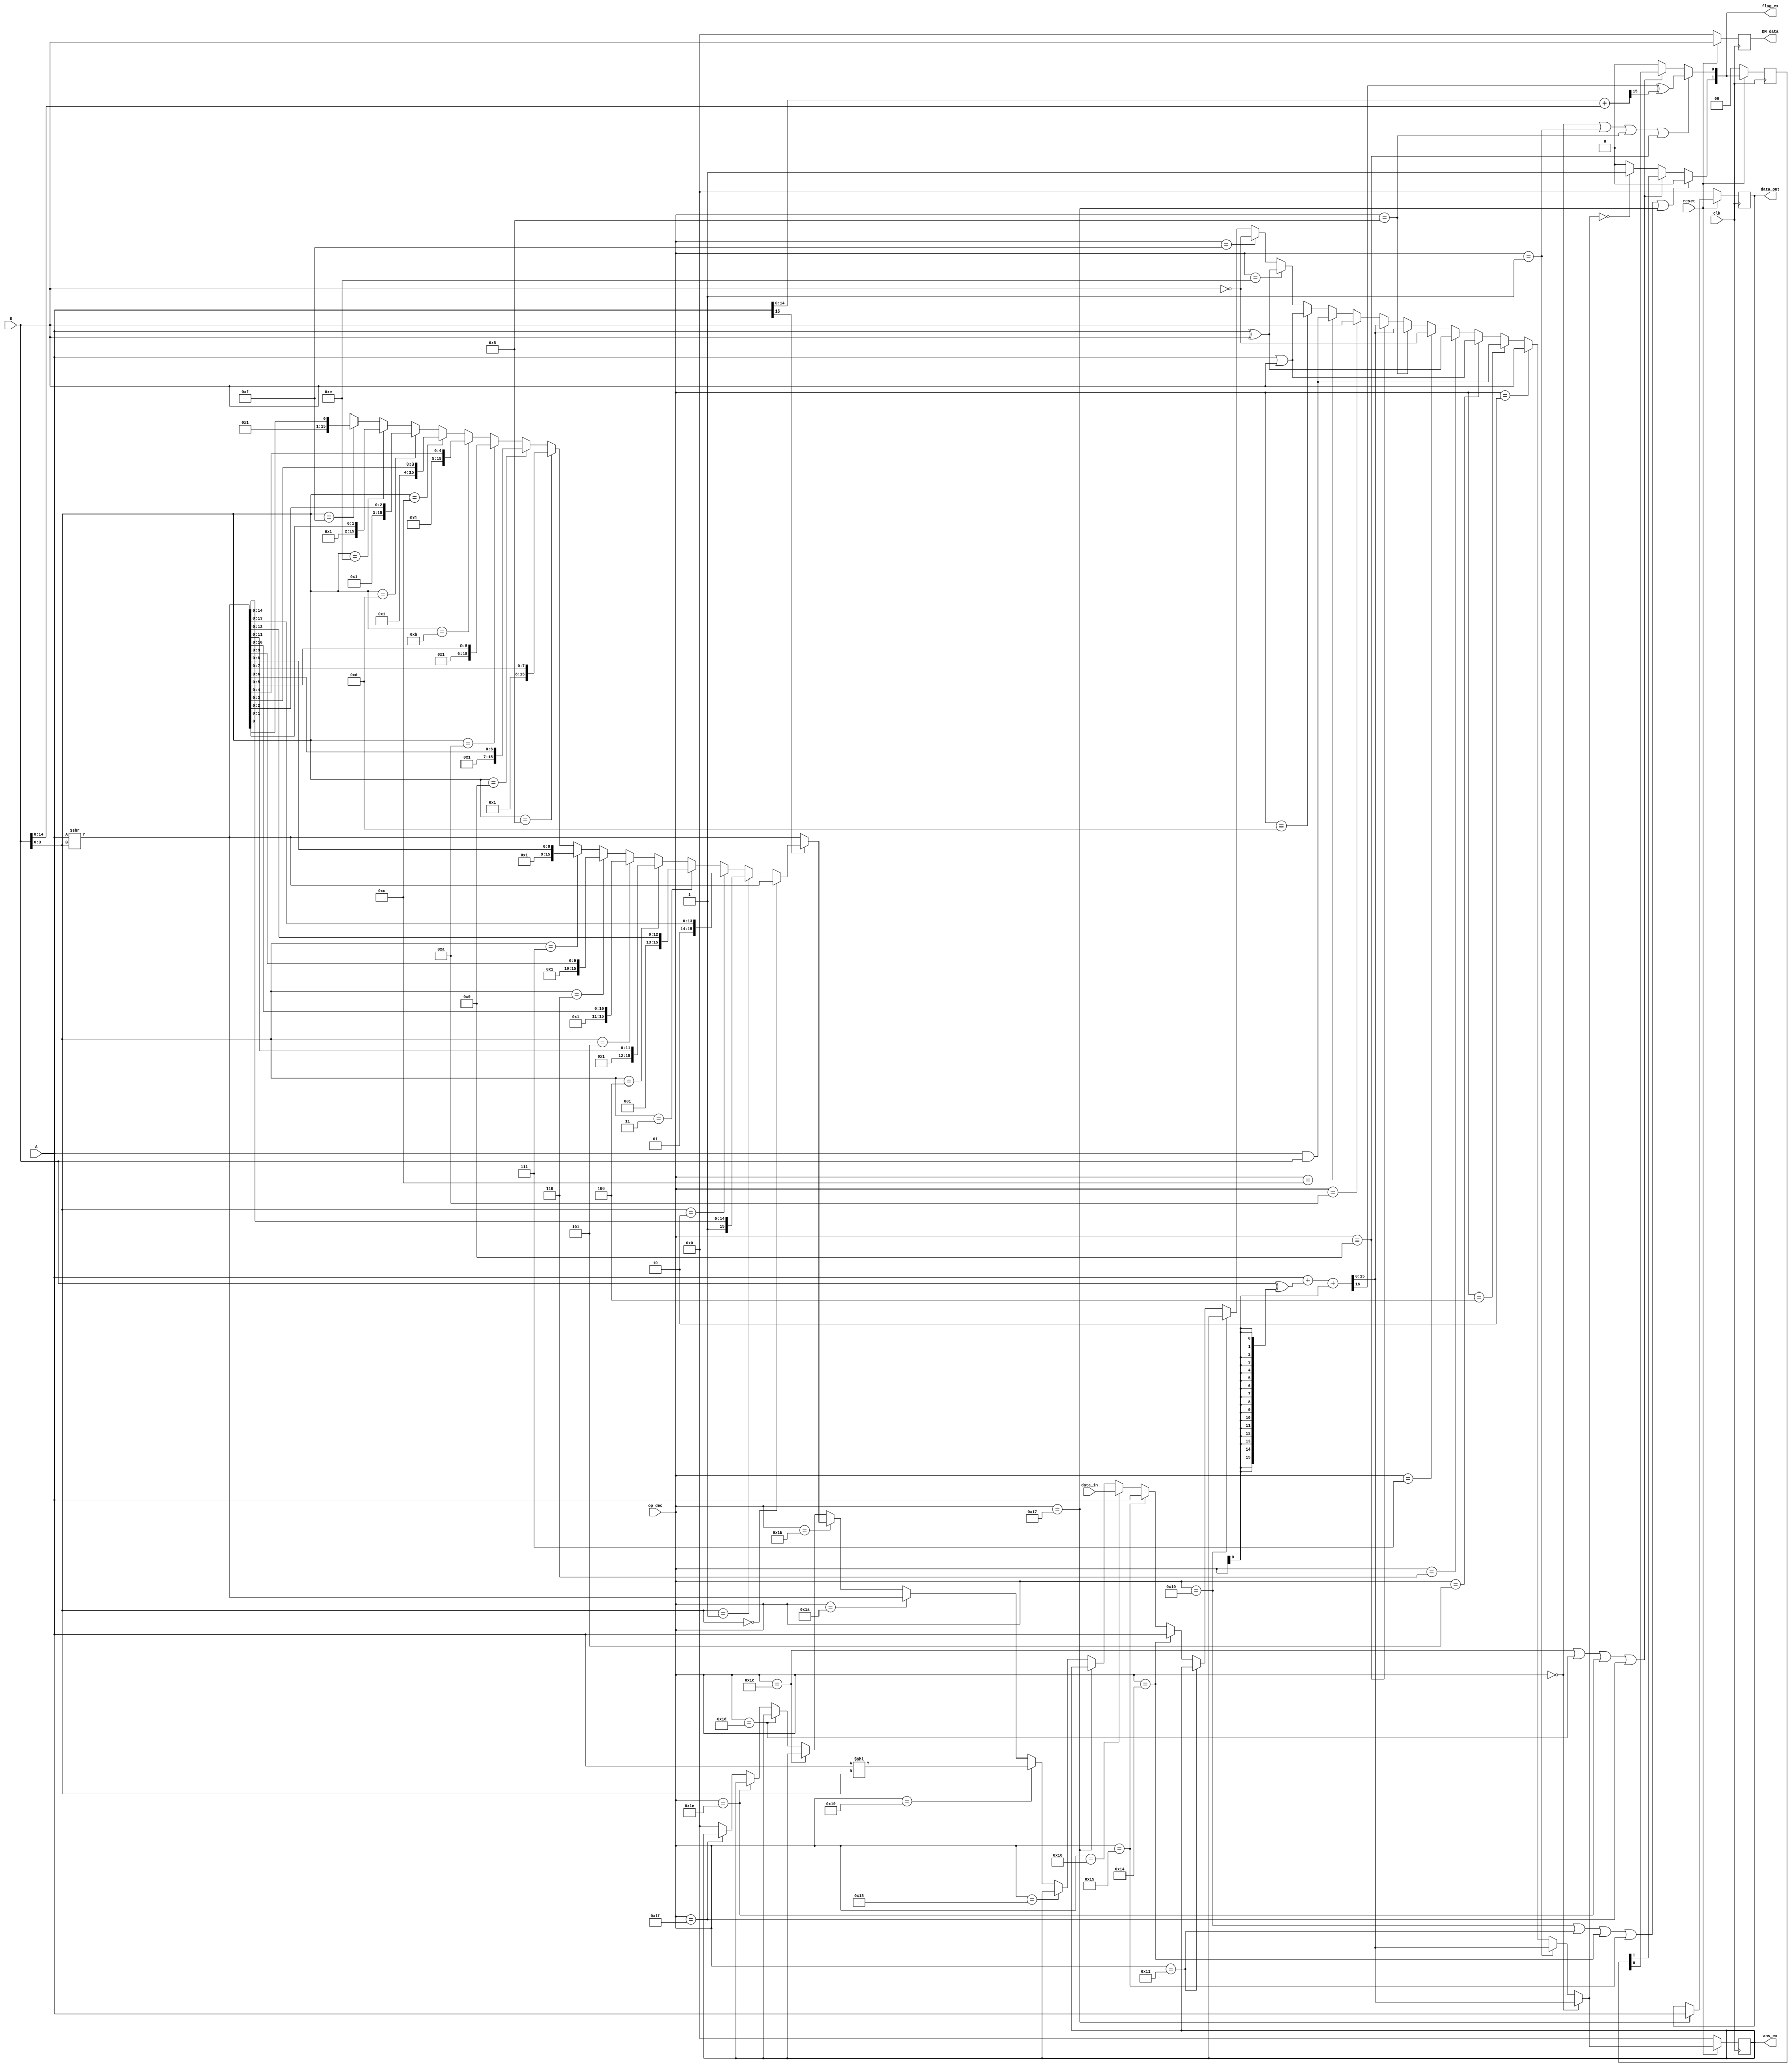
`timescale 1ns / 1ps
//////////////////////////////////////////////////////////////////////////////////
// Company: 
// Engineer: 
// 
// Design Name: 
// Module Name:    ALU_Module 
// Project Name: 
// Target Devices: 
// Tool versions: 
// Description: 
//
// Dependencies: 
//
// Revision: 
// Revision 0.01 - File Created
// Additional Comments: 
//
//////////////////////////////////////////////////////////////////////////////////
module ALU_Module(  ans_ex ,  flag_ex , data_out , DM_data ,op_dec , A , B , data_in , clk , reset );
input [15:0] A ,B , data_in ;
input clk , reset;
input [5:0] op_dec;
output reg [15:0] ans_ex , data_out , DM_data ;
output wire [1:0] flag_ex ;


wire [15:0] ans_temp , data_out_buff;
wire [15:0] ADD , RSA;
wire [15:0] overflowAdd;
reg [1:0] flag_prv;
wire carry1 , carry2 , overflow_Flag , zero_flag;
wire [15:0] x;

wire [15:0] ans_temp_t,data_out_temp,DM_data_temp;//For reset condition, it will store values temporary
wire [1:0]flag_prv_temp;

assign data_out_buff = (op_dec == 6'b010111) ? A : data_out;
assign x = A >> B[3:0];

assign RSA =   A[15]  == 1'b0    ?  x :
					B[3:0] == 4'b0000 ?  x :								//0 bit RSA
					B[3:0] == 4'b0001 ?  { 1'b1 , x[14:0] } :			//1 bit RSA
					B[3:0] == 4'b0010 ?  { 2'b1 , x[13:0] } :			//2 bit RSA
					B[3:0] == 4'b0011 ?  { 3'b1 , x[12:0] } :			//3 bit RSA
					B[3:0] == 4'b0100 ?  { 4'b1 , x[11:0] } :			//4 bit RSA
					B[3:0] == 4'b0101 ?  { 5'b1 , x[10:0] } :			//5 bit RSA
					B[3:0] == 4'b0110 ?  { 6'b1 , x[9:0] } :			//6 bit RSA
					B[3:0] == 4'b0111 ?  { 7'b1 , x[8:0] } :			//7 bit RSA
					B[3:0] == 4'b1000 ?  { 8'b1 , x[7:0] } :			//8 bit RSA
					B[3:0] == 4'b1001 ?  { 9'b1 , x[6:0] } :			//9 bit RSA
					B[3:0] == 4'b1010 ?  { 10'b1 , x[5:0] } :			//10 bit RSA
					B[3:0] == 4'b1011 ?  { 11'b1 , x[4:0] } :			//11 bit RSA
					B[3:0] == 4'b1100 ?  { 12'b1 , x[3:0] } :			//12 bit RSA
					B[3:0] == 4'b1101 ?  { 13'b1 , x[2:0] } :			//13 bit RSA
					B[3:0] == 4'b1110 ?  { 14'b1 , x[1:0] } :			//14 bit RSA
					B[3:0] == 4'b1111 ?  { 15'b1 , x[0] } : 16'bx;  //15 bit RSA

assign {carry1 , ADD} = A+ (B ^ {16{op_dec[0]}}) + op_dec[0];//Addtion of two unsigned numbers
//assign overflowAdd = 16'b0;
assign  overflowAdd = A[14:0] + B[14:0];//Addtion of two signed numbers
assign carry2  = overflowAdd[15];
assign overflow_Flag = carry1 ^ carry2;

assign ans_temp = (op_dec == 6'b000000 ) ? ADD :			//1
						(op_dec == 6'b000001) ? ADD :			//2
						(op_dec == 6'b000010) ? B:				//3
						(op_dec == 6'b000100) ? A&B:			//4
						(op_dec == 6'b000101) ? A|B:			//5	
						(op_dec == 6'b000110) ? A^B:			//6
						(op_dec == 6'b000111) ? (~B):			//7
						(op_dec == 6'b001000) ? ADD:			//8
						(op_dec == 6'b001001) ? ADD:			//9
						(op_dec == 6'b001010) ? B:				//10
						(op_dec == 6'b001100) ? A & B :		//11
						(op_dec == 6'b001101) ? A | B :		//12
						(op_dec == 6'b001110) ? A  ^ B :		//13
						(op_dec == 6'b001111) ? (~B):			//14
						(op_dec == 6'b010000) ? ans_ex:		//15
						(op_dec == 6'b010001) ? ans_ex :		//16
						(op_dec == 6'b010100) ? A :			//17
						(op_dec == 6'b010101) ? A :			//18
						(op_dec == 6'b010110) ? data_in :	//19	
						(op_dec == 6'b010111) ? ans_ex :		//20
						(op_dec == 6'b011000) ? ans_ex :		//21
						(op_dec == 6'b011001) ? A<<B[3:0]:  //22
						(op_dec == 6'b011010) ? A>>B[3:0]:  //23
						(op_dec == 6'b011011) ? RSA :			//24
						(op_dec == 6'b011100) ? ans_ex :		//25
						(op_dec == 6'b011101) ? ans_ex :		//26
						(op_dec == 6'b011110) ? ans_ex :		//27
						(op_dec == 6'b011111) ? ans_ex  : 16'b0;		//28
						
assign zero_flag  = (ans_temp == 16'b0)? 1'b1 : 1'b0;
				
assign flag_ex[0] =( (op_dec == 6'b000000) || (op_dec == 6'b000001) || (op_dec == 6'b001000) || (op_dec == 6'b001001) )? overflow_Flag :	//1,2,8,9							
					          ((op_dec == 6'b011100)  || (op_dec == 6'b011101) || (op_dec == 6'b011110) || (op_dec == 6'b011111)) ? flag_prv[0]:1'b0;	//25,26,27,28
								
assign flag_ex[1]  =  ((op_dec == 6'b010000) || 	(op_dec == 6'b010001) || (op_dec == 6'b010100) || (op_dec == 6'b010101) || (op_dec==6'b010111) || (op_dec==011000)) ? 1'b0 ://15,16,17,18,20,21
							 ((op_dec == 6'b011100)  || (op_dec == 6'b011101) || (op_dec == 6'b011110) || (op_dec == 6'b011111)) ? flag_prv[1]: zero_flag;	//25,26,27,28
					
assign ans_temp_t=(reset)?ans_temp:16'b0;
assign data_out_temp=(reset)?data_out_buff:16'b0;
assign DM_data_temp=(reset)?B:16'b0;
assign flag_prv_temp=(reset)?flag_ex:2'b0;		
										
always@(posedge clk)
		begin				
		ans_ex   <= ans_temp_t;					
   	flag_prv <= flag_prv_temp;
		data_out <= data_out_temp;
		DM_data  <= DM_data_temp;
		end

endmodule